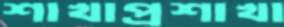
শাখাপ্রশাখা